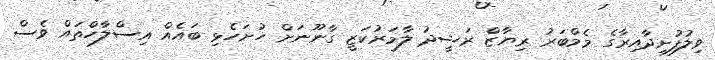
ވިލުފުށިދާއިރާގެ މެމްބަރު ރިޔާޒް ރަޝީދު ލާމަރުކަޒީ ގާނޫނަށް ހުށަހެޅި ބައެއް އިސްލާހްތައް ވެސް